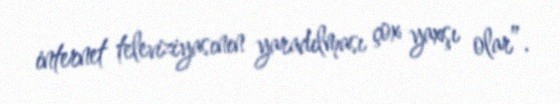
internet televiziyasının yaradılması çox yaxşı olar”.